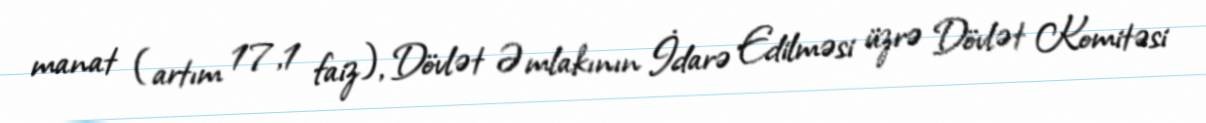
manat (artım 17,1 faiz), Dövlət Əmlakının İdarə Edilməsi üzrə Dövlət Komitəsi